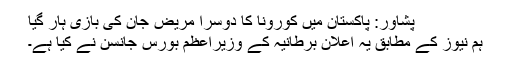
پشاور: پاکستان میں کورونا کا دوسرا مریض جان کی بازی ہار گیا
ہم نیوز کے مطابق یہ اعلان برطانیہ کے وزیراعظم بورس جانسن نے کیا ہے۔